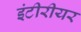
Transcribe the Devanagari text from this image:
इंटीरीयर